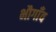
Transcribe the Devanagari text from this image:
भौगाँव